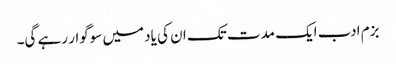
بزم ادب ایک مدت تک ان کی یاد میں سوگوار رہے گی۔